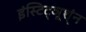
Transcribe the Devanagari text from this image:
इंस्टिट्ञूश्ंन